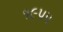
૧૯૫૫